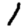
Digit: 1